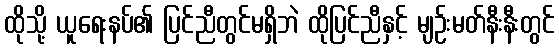
ထိုသို့ ယူရေးနပ်၏ ပြင်ညီတွင်မရှိဘဲ ထိုပြင်ညီနှင့် မျဉ်းမတ်နီးနီးတွင်